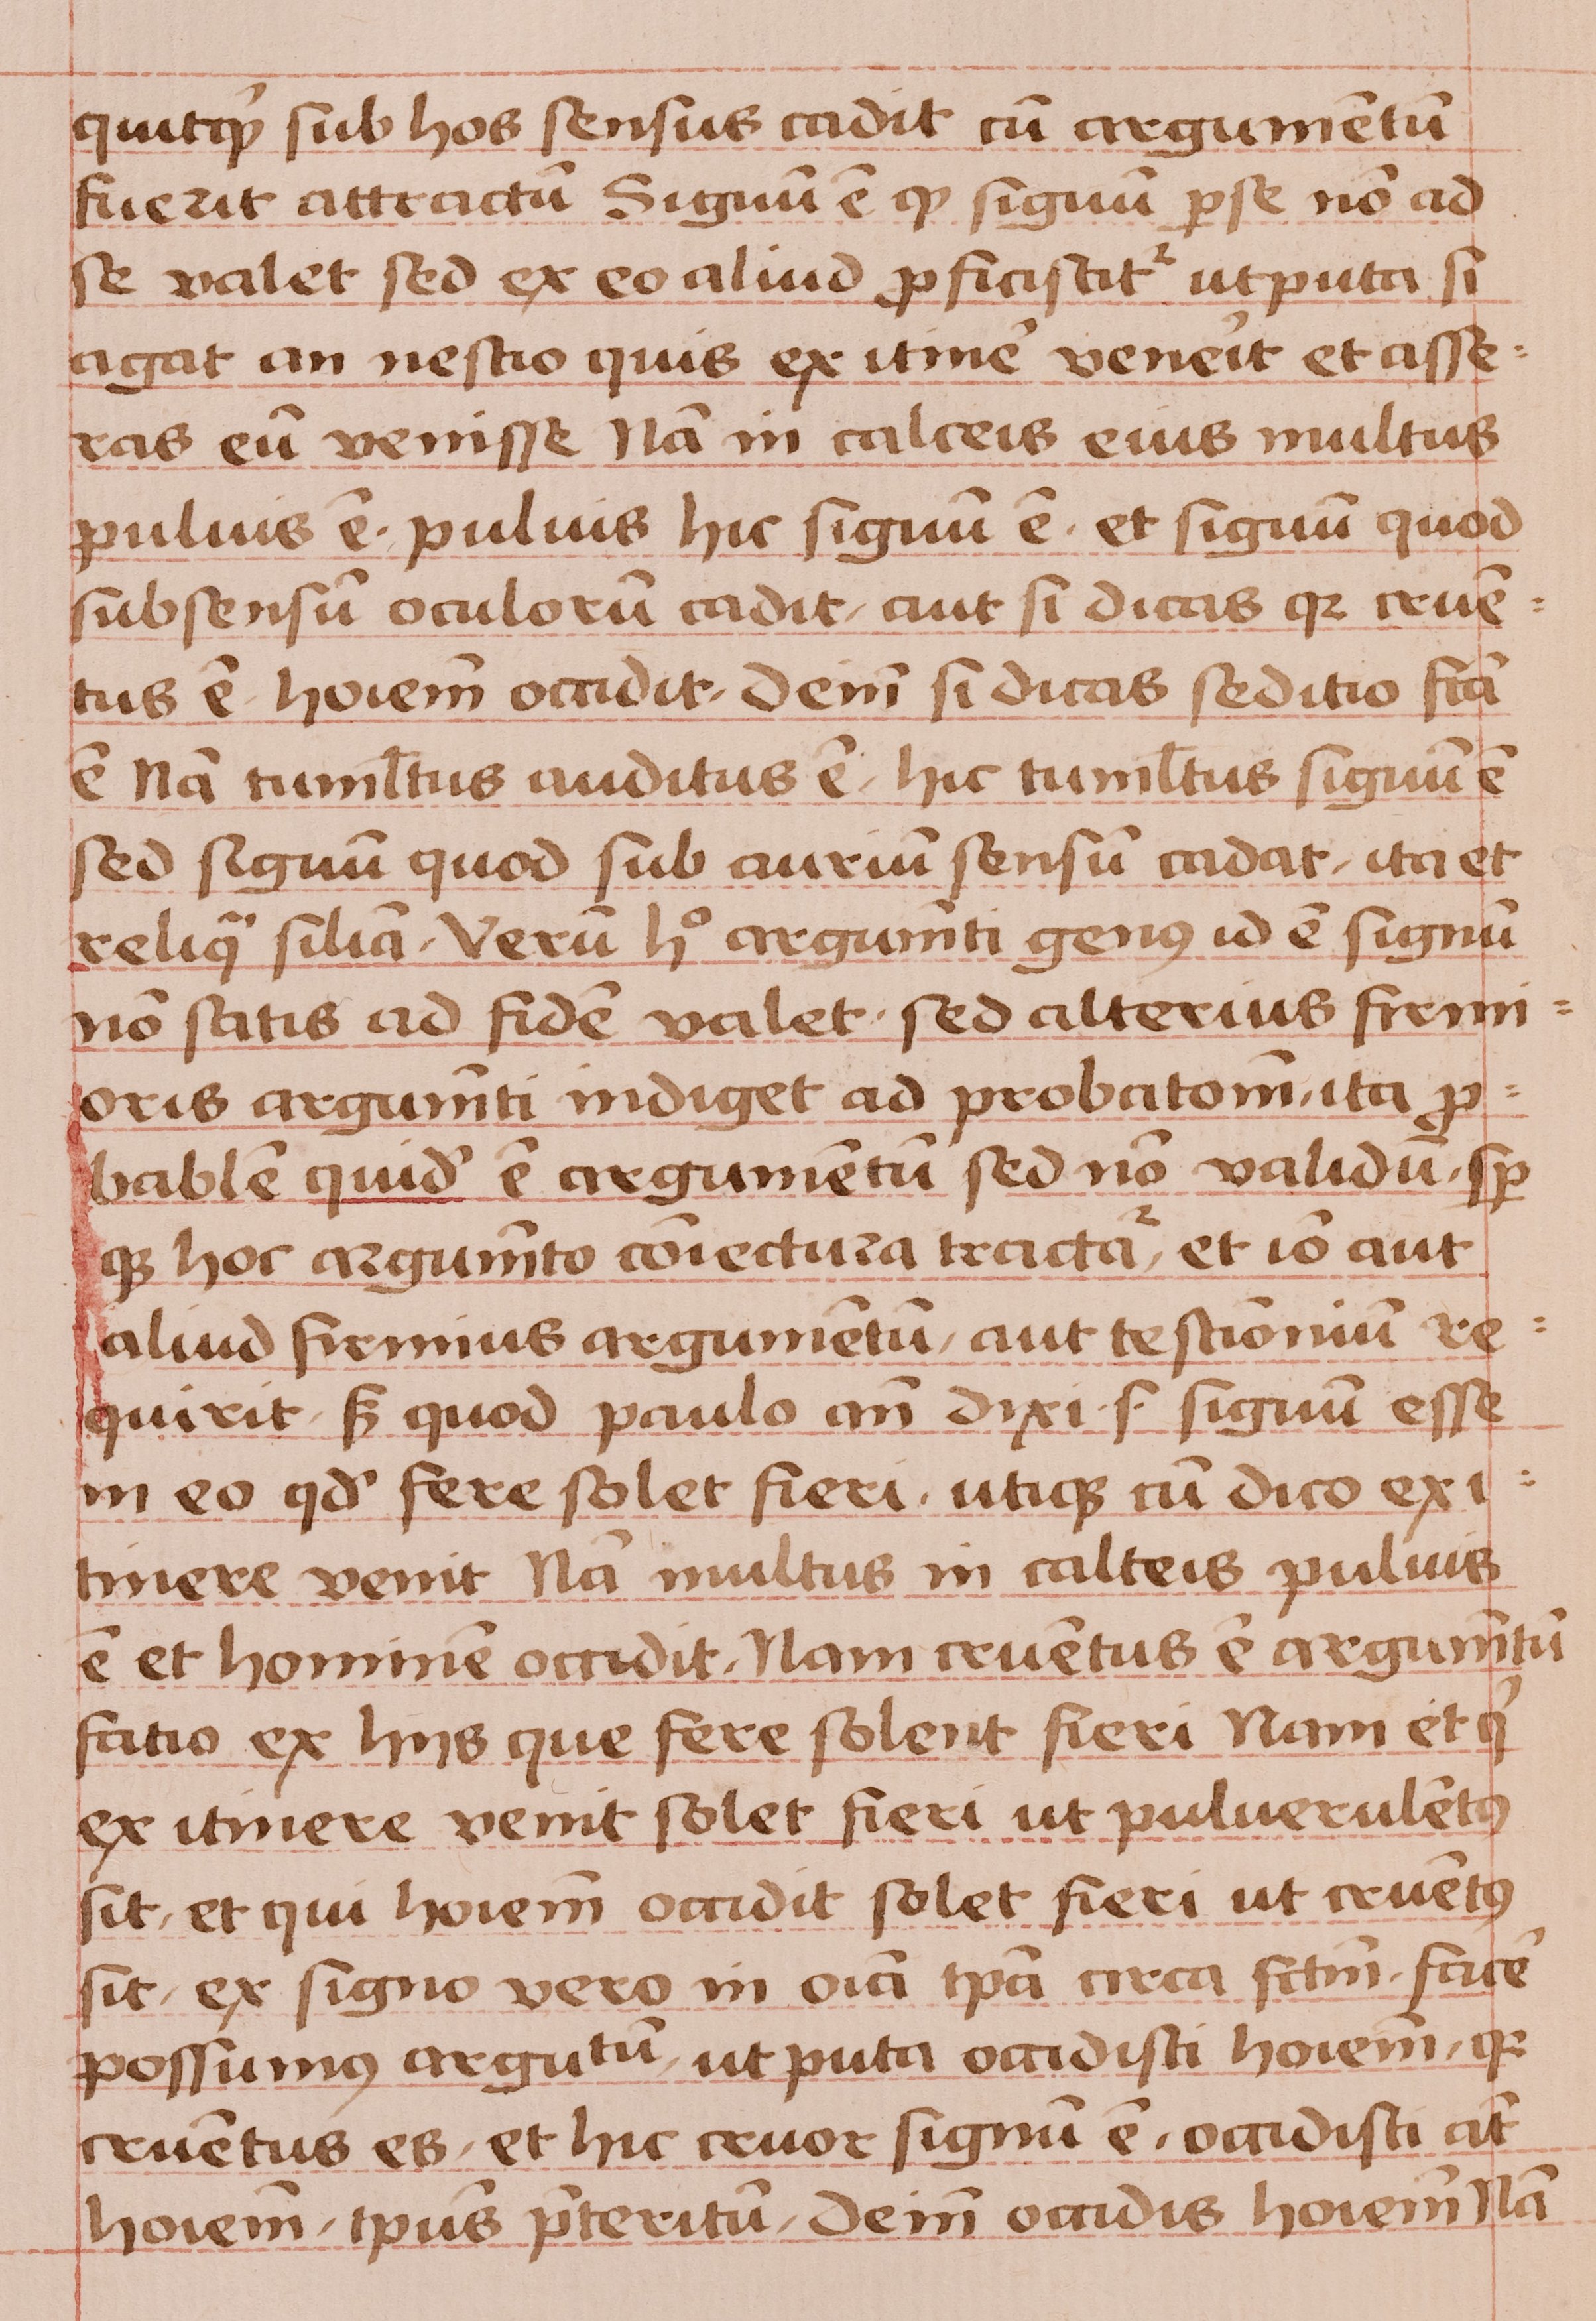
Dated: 1450–1474